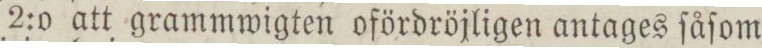
2:o att grammwigten ofördröjligen antages ſåſom